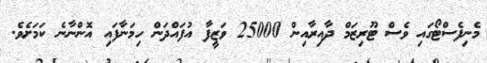
މެނިފެސްޓޯގައި ވެސް ޓޫރިޒަމް ދާއިރާއިން 25000 ވަޒީފާ އުފައްދަން ހިމަނާފައި އޮންނާނެ ކަމަށެވެ.